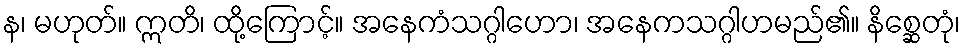
န၊ မဟုတ်။ ဣတိ၊ ထို့ကြောင့်။ အနေကံသဂ္ဂါဟော၊ အနေကသဂ္ဂါဟမည်၏။ နိစ္ဆေတုံ၊